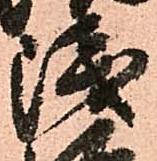
浅